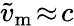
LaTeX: \widetilde{v}_{\mathrm{m}}\! \approx\! c